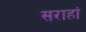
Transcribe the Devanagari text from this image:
सराहां